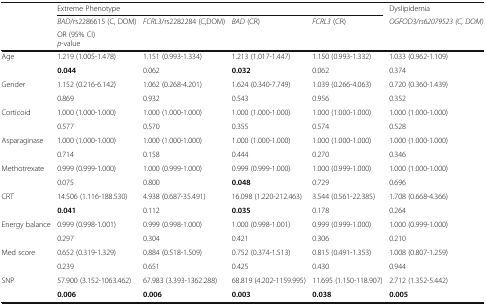
<table><thead><tr><td></td><td colspan="4"><b>Extreme Phenotype</b></td><td><b>Dyslipidemia</b></td></tr><tr><td></td><td><b><i>BAD</i>/rs2286615 (C, DOM)</b></td><td><b><i>FCRL3</i>/rs2282284 (C,DOM)</b></td><td><b><i>BAD</i> (CR)</b></td><td><b><i>FCRL3</i> (CR)</b></td><td><b><i>OGFOD3/rs62079523 (C, DOM)</i></b></td></tr><tr><td></td><td colspan="5"><b>OR (95% CI)<i>p</i>-value</b></td></tr></thead><tbody><tr><td rowspan="2">Age</td><td>1.219 (1.005-1.478)</td><td>1.151 (0.993-1.334)</td><td>1.213 (1.017-1.447)</td><td>1.150 (0.993-1.332)</td><td>1.033 (0.962-1.109)</td></tr><tr><td><b>0.044</b></td><td>0.062</td><td><b>0.032</b></td><td>0.062</td><td>0.374</td></tr><tr><td rowspan="2">Gender</td><td>1.152 (0.216-6.142)</td><td>1.062 (0.268-4.201)</td><td>1.624 (0.340-7.749)</td><td>1.039 (0.266-4.063)</td><td>0.720 (0.360-1.439)</td></tr><tr><td>0.869</td><td>0.932</td><td>0.543</td><td>0.956</td><td>0.352</td></tr><tr><td rowspan="2">Corticoid</td><td>1.000 (1.000-1.000)</td><td>1.000 (1.000-1.000)</td><td>1.000 (1.000-1.000)</td><td>1.000 (1.000-1.000)</td><td>1.000 (1.000-1.000)</td></tr><tr><td>0.577</td><td>0.570</td><td>0.355</td><td>0.574</td><td>0.528</td></tr><tr><td rowspan="2">Asparaginase</td><td>1.000 (1.000-1.000)</td><td>1.000 (1.000-1.000)</td><td>1.000 (1.000-1.000)</td><td>1.000 (1.000-1.000)</td><td>1.000 (1.000-1.000)</td></tr><tr><td>0.714</td><td>0.158</td><td>0.444</td><td>0.270</td><td>0.346</td></tr><tr><td rowspan="2">Methotrexate</td><td>0.999 (0.999-1.000)</td><td>1.000 (0.999-1.000)</td><td>0.999 (0.999-1.000)</td><td>1.000 (0.999-1.000)</td><td>1.000 (1.000-1.000)</td></tr><tr><td>0.075</td><td>0.800</td><td><b>0.048</b></td><td>0.729</td><td>0.696</td></tr><tr><td rowspan="2">CRT</td><td>14.506 (1.116-188.530)</td><td>4.938 (0.687-35.491)</td><td>16.098 (1.220-212.463)</td><td>3.544 (0.561-22.385)</td><td>1.708 (0.668-4.366)</td></tr><tr><td><b>0.041</b></td><td>0.112</td><td><b>0.035</b></td><td>0.178</td><td>0.264</td></tr><tr><td rowspan="2">Energy balance</td><td>0.999 (0.998-1.001)</td><td>0.999 (0.998-1.000)</td><td>1.000 (0.998-1.001)</td><td>0.999 (0.999-1.000)</td><td>1.000 (0.999-1.000)</td></tr><tr><td>0.297</td><td>0.304</td><td>0.421</td><td>0.306</td><td>0.210</td></tr><tr><td rowspan="2">Med score</td><td>0.652 (0.319-1.329)</td><td>0.884 (0.518-1.509)</td><td>0.752 (0.374-1.513)</td><td>0.815 (0.491-1.353)</td><td>1.008 (0.807-1.259)</td></tr><tr><td>0.239</td><td>0.651</td><td>0.425</td><td>0.430</td><td>0.944</td></tr><tr><td rowspan="2">SNP</td><td>57.900 (3.152-1063.462)</td><td>67.983 (3.393-1362.288)</td><td>68.819 (4.202-1159.995)</td><td>11.695 (1.150-118.907)</td><td>2.712 (1.352-5.442)</td></tr><tr><td><b>0.006</b></td><td><b>0.006</b></td><td><b>0.003</b></td><td><b>0.038</b></td><td><b>0.005</b></td></tr></tbody></table>